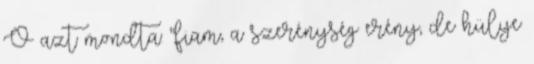
Ő azt mondta: "fiam, a szerénység erény, de hülye